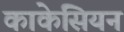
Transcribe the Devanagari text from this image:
काकेसियन